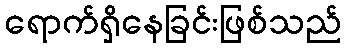
ရောက်ရှိနေခြင်းဖြစ်သည်